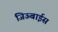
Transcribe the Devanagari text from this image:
जिऊबाईस